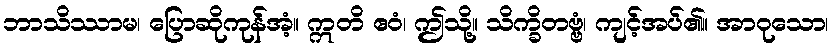
ဘာသိဿာမ၊ ပြောဆိုကုန်အံ့။ ဣတိ ဧဝံ၊ ဤသို့။ သိက္ခိတဗ္ဗံ၊ ကျင့်အပ်၏။ အာဝုသော၊